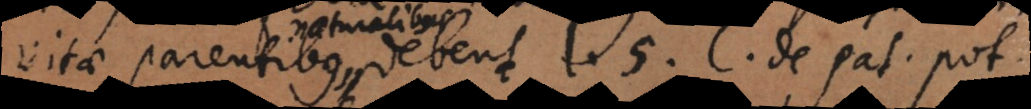
vitae parentibus debent l. 5. C. de patria